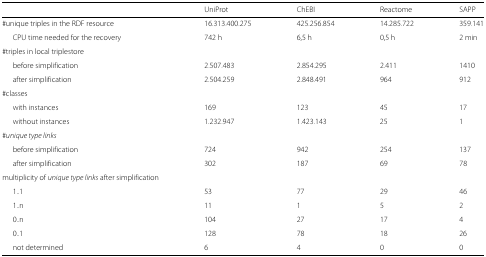
<table><thead><tr><td></td><td><b>UniProt</b></td><td><b>ChEBI</b></td><td><b>Reactome</b></td><td><b>SAPP</b></td></tr></thead><tbody><tr><td>#unique triples in the RDF resource</td><td>16.313.400.275</td><td>425.256.854</td><td>14.285.722</td><td>359.141</td></tr><tr><td>CPU time needed for the recovery</td><td>742 h</td><td>6,5 h</td><td>0,5 h</td><td>2 min</td></tr><tr><td>#triples in local triplestore</td><td></td><td></td><td></td><td></td></tr><tr><td>before simplification</td><td>2.507.483</td><td>2.854.295</td><td>2.411</td><td>1410</td></tr><tr><td>after simplification</td><td>2.504.259</td><td>2.848.491</td><td>964</td><td>912</td></tr><tr><td>#classes</td><td></td><td></td><td></td><td></td></tr><tr><td>with instances</td><td>169</td><td>123</td><td>45</td><td>17</td></tr><tr><td>without instances</td><td>1.232.947</td><td>1.423.143</td><td>25</td><td>1</td></tr><tr><td>#<i>unique type links</i></td><td></td><td></td><td></td><td></td></tr><tr><td>before simplification</td><td>724</td><td>942</td><td>254</td><td>137</td></tr><tr><td>after simplification</td><td>302</td><td>187</td><td>69</td><td>78</td></tr><tr><td>multiplicity of <i>unique type links</i> after simplification</td><td></td><td></td><td></td><td></td></tr><tr><td>1..1</td><td>53</td><td>77</td><td>29</td><td>46</td></tr><tr><td>1..n</td><td>11</td><td>1</td><td>5</td><td>2</td></tr><tr><td>0..n</td><td>104</td><td>27</td><td>17</td><td>4</td></tr><tr><td>0..1</td><td>128</td><td>78</td><td>18</td><td>26</td></tr><tr><td>not determined</td><td>6</td><td>4</td><td>0</td><td>0</td></tr></tbody></table>